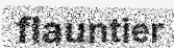
flauntier